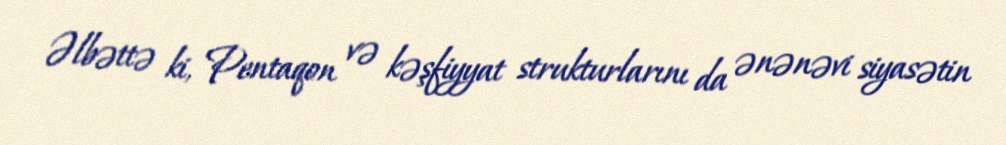
Əlbəttə ki, Pentaqon və kəşfiyyat strukturlarını da ənənəvi siyasətin